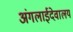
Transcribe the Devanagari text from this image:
अंगलाईदेवालय